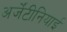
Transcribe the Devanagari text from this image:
अर्जेंटीनियाई